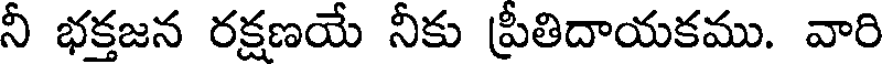
నీ భక్తజన రక్షణయే నీకు ప్రీతిదాయకము. వారి